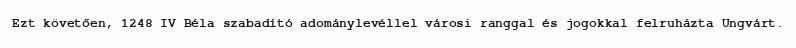
Ezt követően, 1248 IV Béla szabadító adománylevéllel városi ranggal és jogokkal felruházta Ungvárt.